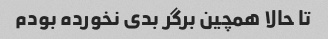
تا حالا همچین برگر بدى نخورده بودم